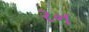
રન